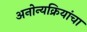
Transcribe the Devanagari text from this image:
अनोन्यक्रियांचा